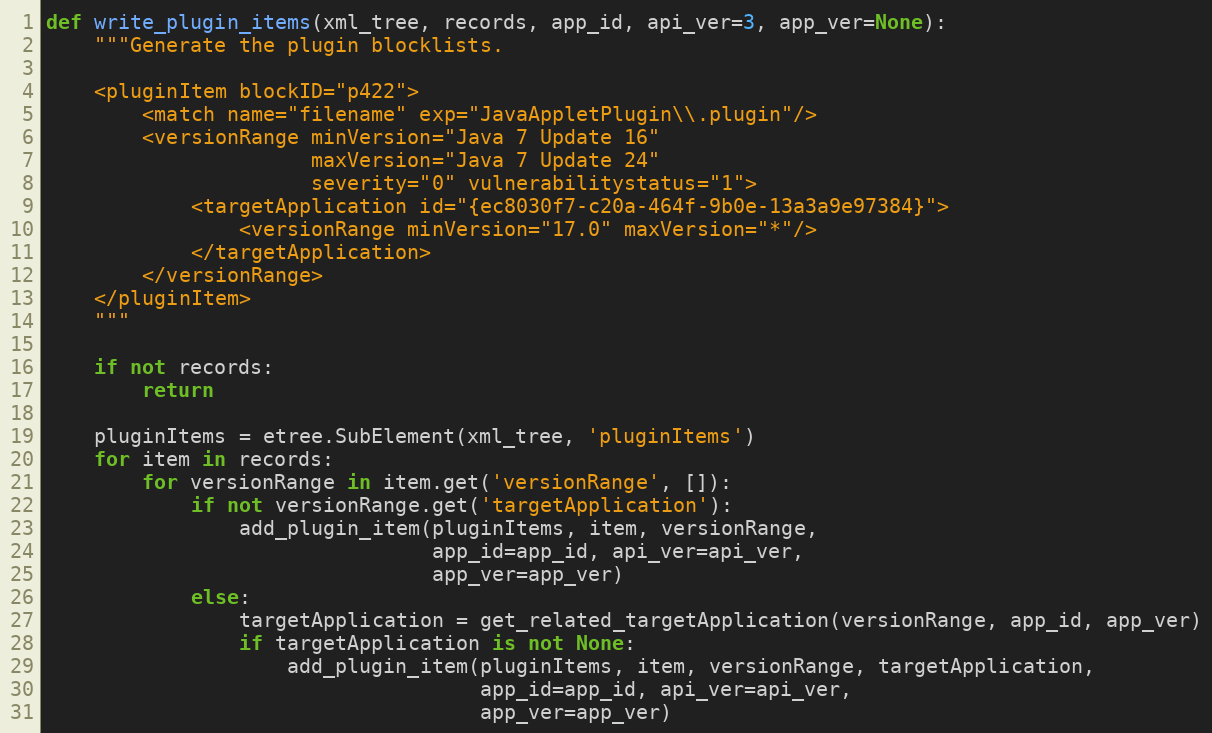
Language: Python
def write_plugin_items(xml_tree, records, app_id, api_ver=3, app_ver=None):
    """Generate the plugin blocklists.

    <pluginItem blockID="p422">
        <match name="filename" exp="JavaAppletPlugin\\.plugin"/>
        <versionRange minVersion="Java 7 Update 16"
                      maxVersion="Java 7 Update 24"
                      severity="0" vulnerabilitystatus="1">
            <targetApplication id="{ec8030f7-c20a-464f-9b0e-13a3a9e97384}">
                <versionRange minVersion="17.0" maxVersion="*"/>
            </targetApplication>
        </versionRange>
    </pluginItem>
    """

    if not records:
        return

    pluginItems = etree.SubElement(xml_tree, 'pluginItems')
    for item in records:
        for versionRange in item.get('versionRange', []):
            if not versionRange.get('targetApplication'):
                add_plugin_item(pluginItems, item, versionRange,
                                app_id=app_id, api_ver=api_ver,
                                app_ver=app_ver)
            else:
                targetApplication = get_related_targetApplication(versionRange, app_id, app_ver)
                if targetApplication is not None:
                    add_plugin_item(pluginItems, item, versionRange, targetApplication,
                                    app_id=app_id, api_ver=api_ver,
                                    app_ver=app_ver)